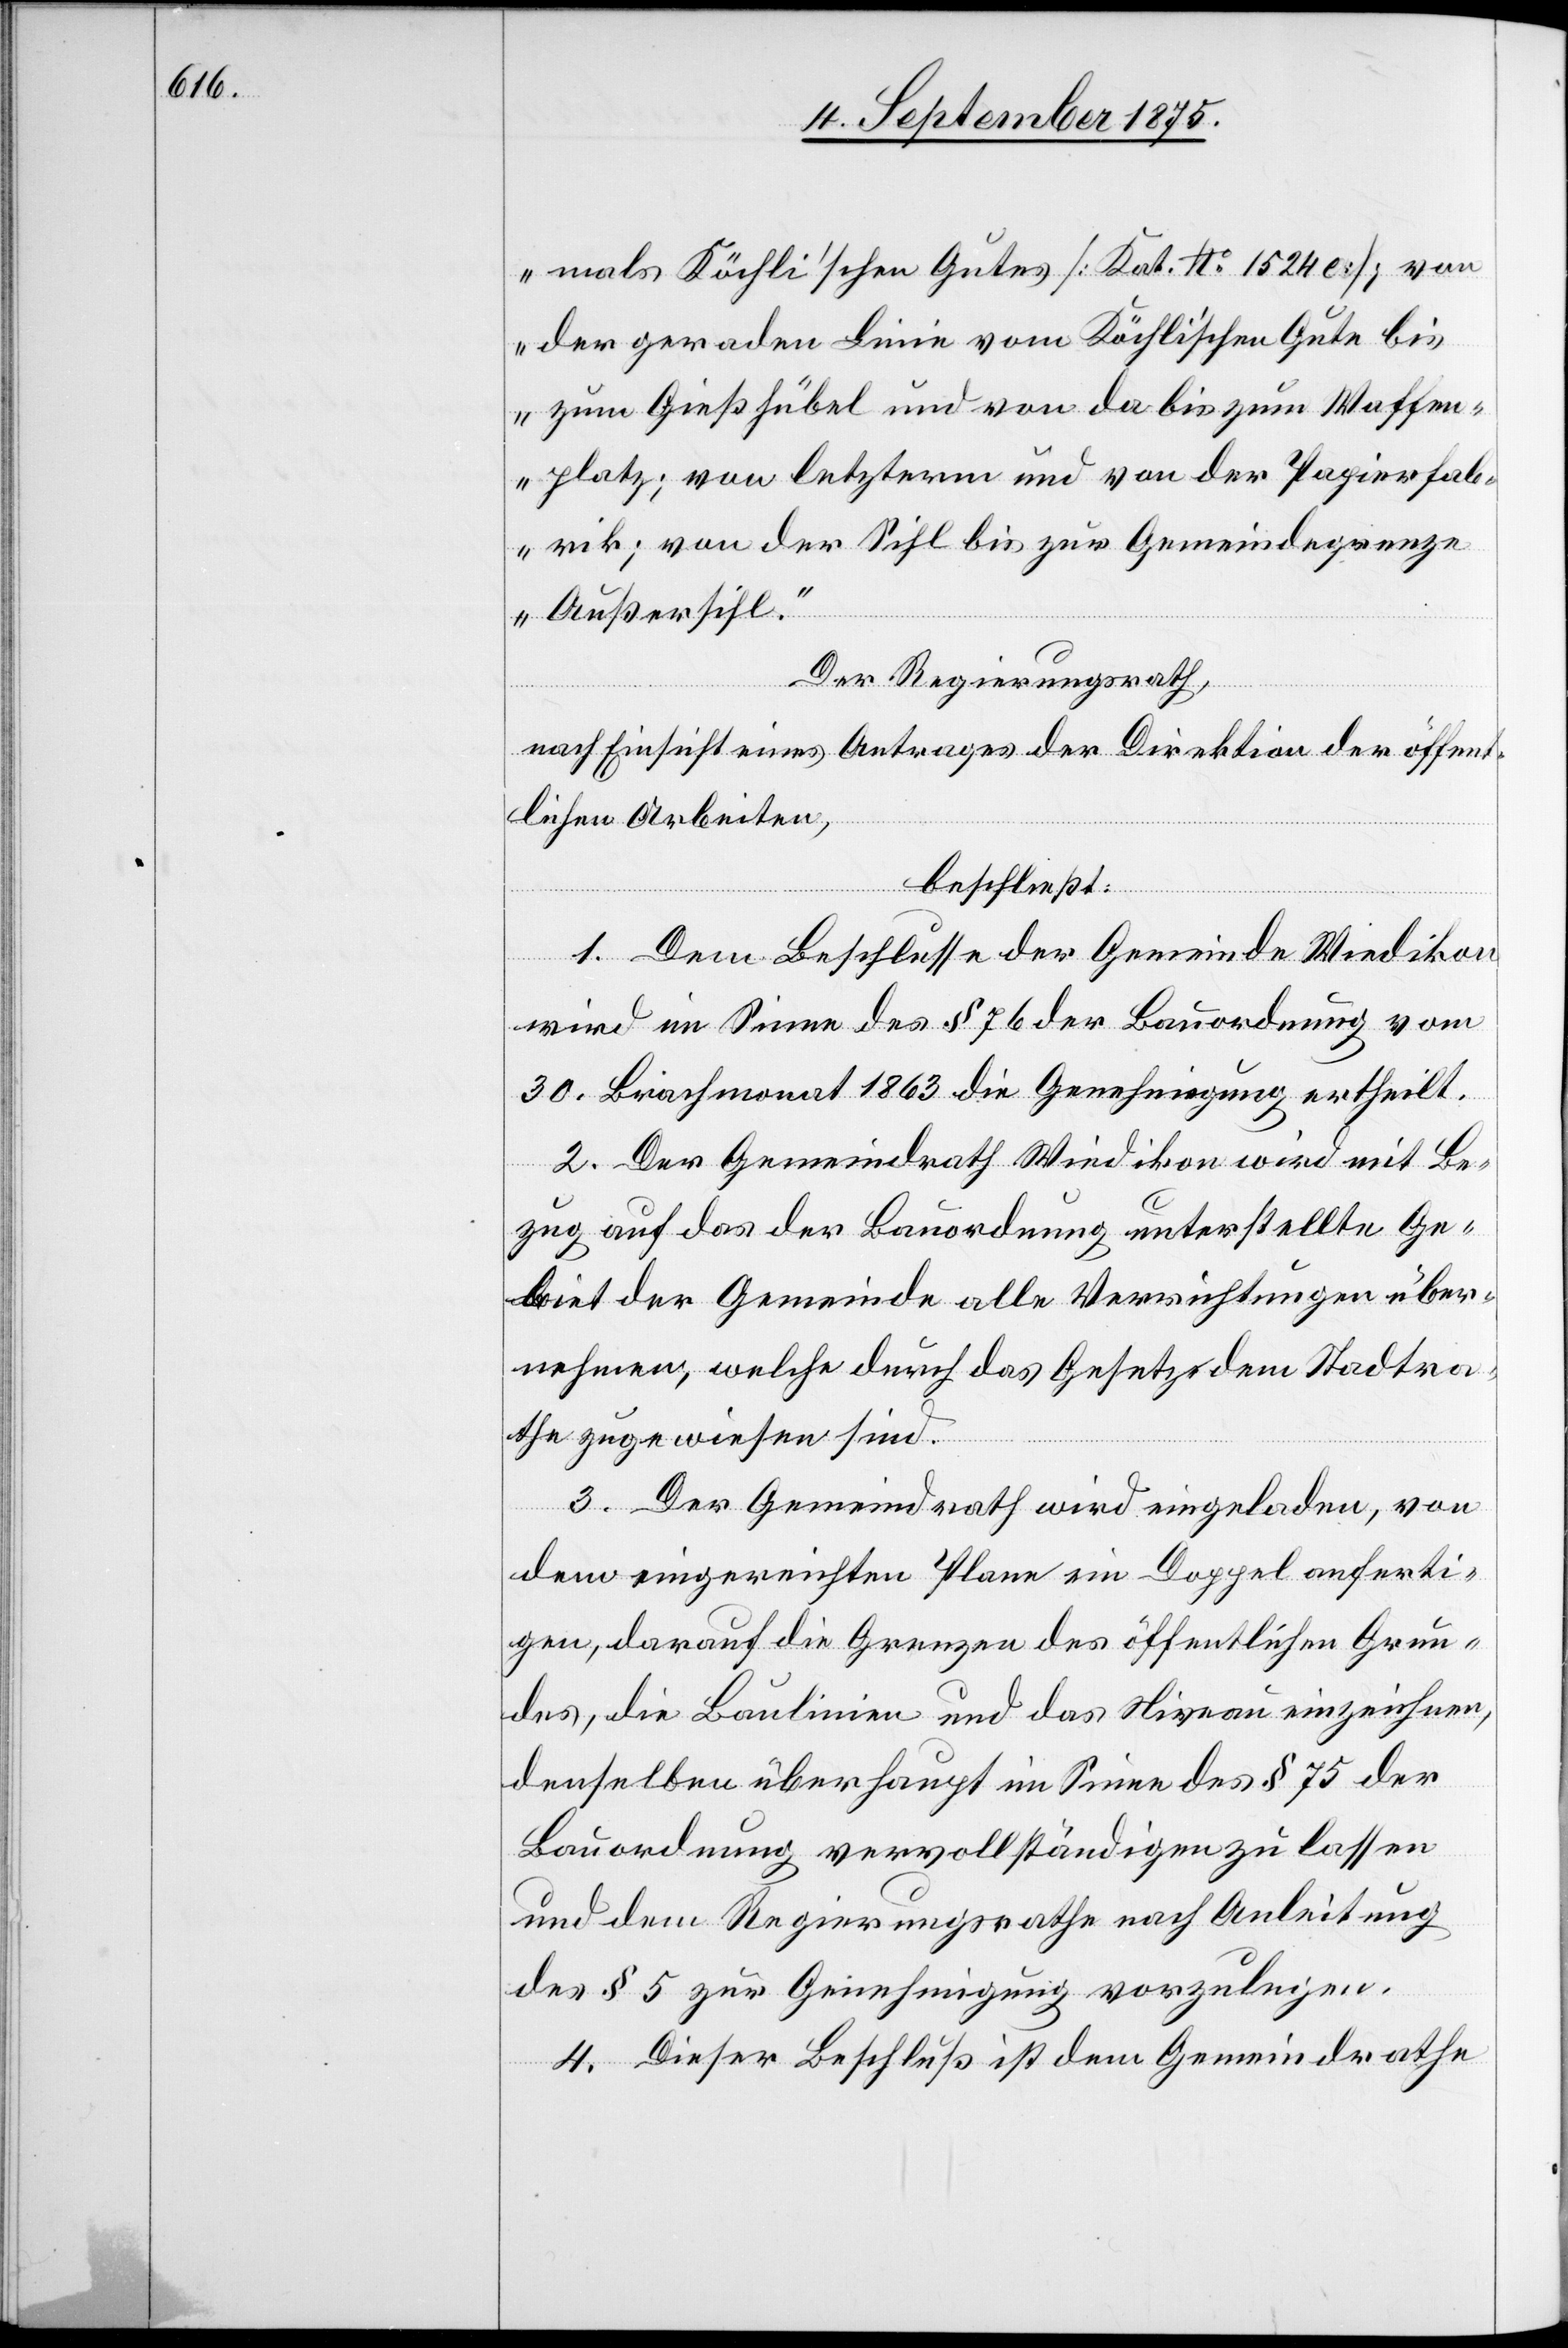
mals Köchlin’schen Gutes [Kat. No 15240 e]; von
der geraden Linie vom Köchlin’schen Gute bis
brik; von der Sihl bis zur Gemeindsgrenze
Außersihl.“
Der Regierungsrath,
nach Einsicht eines Antrages der Direktion der öffent¬
lichen Arbeiten,
erfa¬
beschließt:
1. Dem Beschlusse der Gemeinde Wiedikon
wird im Sinne des § 76 der Bauordnung vom
30. Brachmonat 1863 die Genehmigung ertheilt.
2. Der Gemeindrath Wiedikon wird mit Be¬
zug auf das der Bauordnung unterstellte Ge¬
biet der Gemeinde alle Verrichtungen über¬
nehmen, welche durch das Gesetz dem Stadtra¬
the zugewiesen sind.
3. Der Gemeindrath wird eingeladen, von
dem eingereichten Plane ein Doppel anferti¬
gen, darauf die Grenzen des öffentlichen Grun¬
des, die Baulinien und das Niveau einzeichnen,
denselben überhaupt im Sinne des § 75 der
Bauordnung vervollständigen zu lassen
und dem Regierungsrathe nach Anleitung
des § 5 zur Genehmigung vorzulegen.
4. Dieser Beschluß ist dem Gemeindrathe